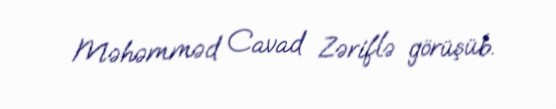
Məhəmməd Cavad Zəriflə görüşüb.